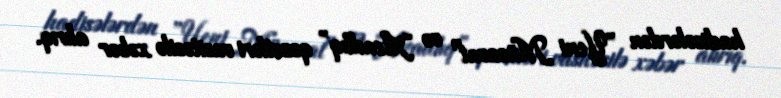
hadisələrdən ”Yeni Müsavat" və “Azadlıq” qəzetləri vasitəsilə xəbər alırıq.